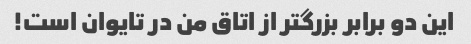
این دو برابر بزرگتر از اتاق من در تایوان است!